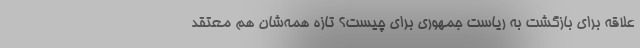
علاقه برای بازگشت به ریاست جمهوری برای چیست؟ تازه همه‌شان هم معتقد